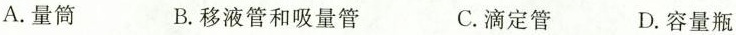
A.量筒 B.移液管和吸量管 C.滴定管 D.容量瓶